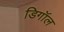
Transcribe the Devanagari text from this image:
डिगॉल